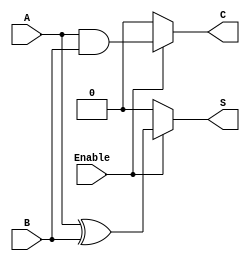
module Conditional_Half_Adder (
    input wire A,        // First input bit
    input wire B,        // Second input bit
    input wire Enable,   // Control signal
    output wire S,       // Sum output
    output wire C        // Carry output
);

    // Internal signals for Sum and Carry
    wire sum_temp;
    wire carry_temp;

    // Compute Sum and Carry when Enable is high
    assign sum_temp = A ^ B;  // XOR for Sum
    assign carry_temp = A & B; // AND for Carry

    // Conditional outputs based on Enable signal
    assign S = Enable ? sum_temp : 1'b0; // If Enable is high, output sum_temp; otherwise, output 0
    assign C = Enable ? carry_temp : 1'b0; // If Enable is high, output carry_temp; otherwise, output 0

endmodule